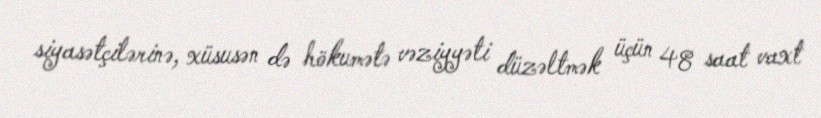
siyasətçilərinə, xüsusən də hökumətə vəziyyəti düzəltmək üçün 48 saat vaxt